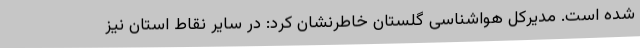
شده است. مدیرکل هواشناسی گلستان خاطرنشان کرد: در سایر نقاط استان نیز